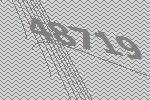
48719